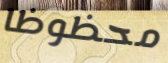
محظوظا